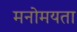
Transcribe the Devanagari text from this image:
मनोमयता